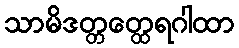
သာမိဒတ္တတ္ထေရဂါထာ